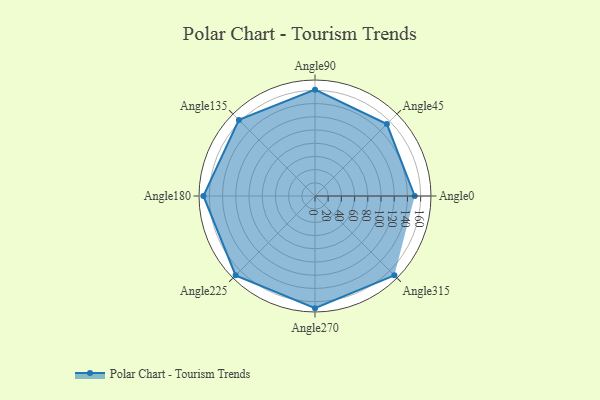
{"axis": {"x": "Angle", "y": "Radius"}, "legend": [""], "data": [{"x": "Angle0", "y": 151.0, "type": ""}, {"x": "Angle45", "y": 154.0, "type": ""}, {"x": "Angle90", "y": 161.0, "type": ""}, {"x": "Angle135", "y": 163.0, "type": ""}, {"x": "Angle180", "y": 169.0, "type": ""}, {"x": "Angle225", "y": 170, "type": ""}, {"x": "Angle270", "y": 170, "type": ""}, {"x": "Angle315", "y": 170, "type": ""}]}